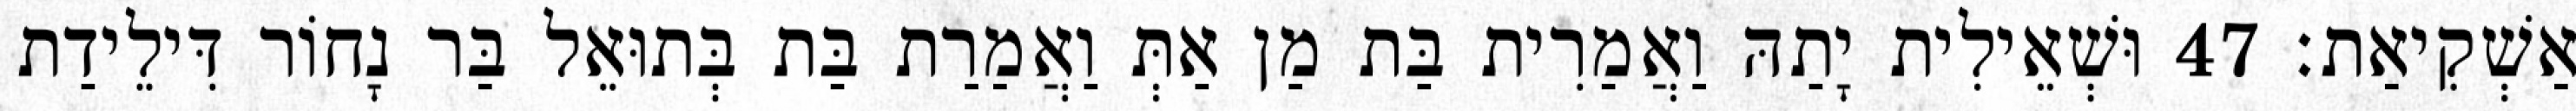
אַשְׁקִיאַת׃ 47 וּשְׁאֵילִית יָתַהּ וַאֲמַרִית בַּת מַן אַתְּ וַאֲמַרַת בַּת בְּתוּאֵל בַּר נָחוֹר דִּילֵידַת